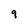
Character: 9